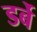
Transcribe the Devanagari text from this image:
डर्बे